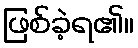
ဖြစ်ခဲ့ရ၏။